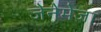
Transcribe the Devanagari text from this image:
जेनेमेजा